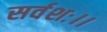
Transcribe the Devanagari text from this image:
सर्वशः।।